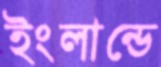
ইংলান্ডে